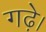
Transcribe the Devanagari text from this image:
गढ़े।